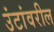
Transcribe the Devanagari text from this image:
उंटांवरील